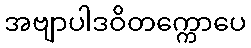
အဗျာပါဒဝိတက္ကောပေ